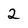
Character: 2